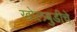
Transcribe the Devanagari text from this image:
खोलबुडीचे